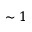
\sim 1